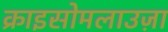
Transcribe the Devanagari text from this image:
क्राइसोमलाउज़ा